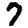
Digit: 7